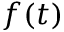
f ( t )